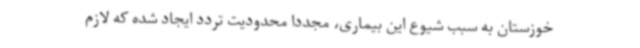
خوزستان به سبب شیوع این بیماری، مجددا محدودیت تردد ایجاد شده که لازم